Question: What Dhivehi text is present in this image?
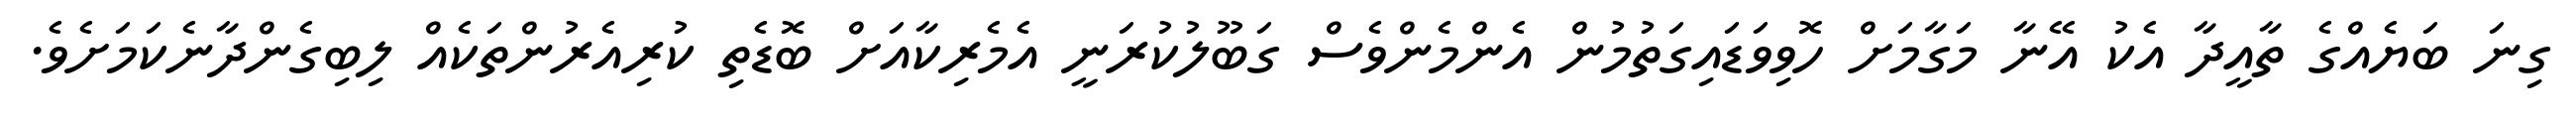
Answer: ގިނަ ބަޔެއްގެ ތާއީދާ އެކު އޭނާ މަގާމަށް ހޮވިވަޑައިގަތުމުން އެންމެންވެސް ގަބޫލުކުރަނީ އެމެރިކާއަށް ބޮޑެތި ކުރިއެރުންތަކެއް ލިބިގެންދާނެކަމަށެވެ.